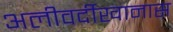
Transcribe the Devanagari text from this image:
अलीवर्दीखानास